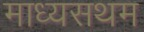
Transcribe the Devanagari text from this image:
माध्यसथम